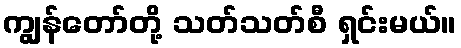
ကျွန်တော်တို့ သတ်သတ်စီ ရှင်းမယ်။